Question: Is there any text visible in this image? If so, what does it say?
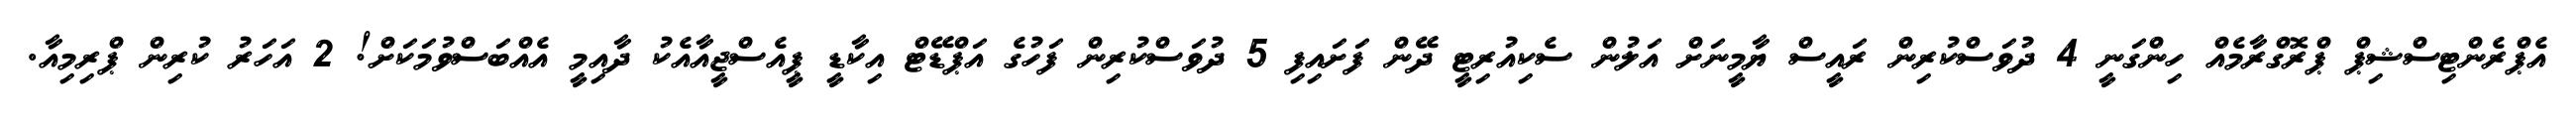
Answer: އެޕްރެންޓިސްޝިޕް ޕްރޮގްރާމެއް ހިންގަނީ 4 ދުވަސްކުރިން ރައީސް ޔާމީނަށް އަލުން ސެކިއުރިޓީ ދޭން ފަށައިފި 5 ދުވަސްކުރިން ފަހުގެ އަޕްޑޭޓް އިކާޑީ ޕީއެސްޖީއާއެކު ދާއިމީ އެއްބަސްވުމަކަށް! 2 އަހަރު ކުރިން ޕްރިމިއާ.